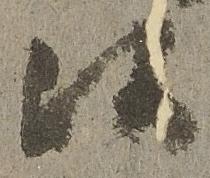
候